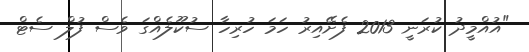
"އުއްމީދު ކުރަނީ 2013 ފެށޭއިރު ހަމަ ހުރިހާ ސުކޫލެއްގަ ވެސް ފުލް ސެޓް